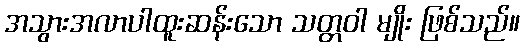
အသွားအလာပါထူးဆန်းသော သတ္တဝါ မျိုး ဖြစ်သည်။